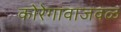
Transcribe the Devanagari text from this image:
कोरेगावाजवळ